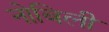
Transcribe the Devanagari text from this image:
नोबिली